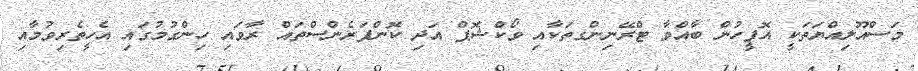
މަސްއޫލިއްޔަތަކީ އޮފީހުން ބާއްވާ ޓްރޭނިންގތަކާއި ވޯކްޝޮޕް އަދި ކޮންފަރެންސްތައް ރާވައި ހިންގުމުގައި އެހީތެރިވުމާއި